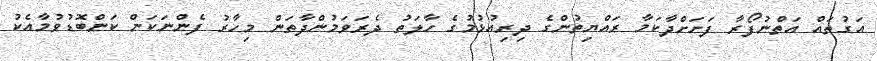
އަގުތައް އަތްނުފޯރާ ފަށަށްދާކަމާ ރައްޔިތުންގެ ދިރިއުޅުމުގެ ހާލަތު ދެރަވަމުންދާތަން މިހާރު ފެންނަކަން ކަންބޮޑުވުމާއެކު